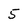
Character: 5